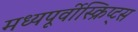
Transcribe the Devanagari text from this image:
मध्यपूर्वीस्क्रिप्ट्स